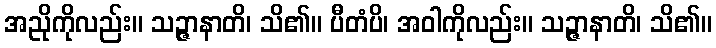
အညိုကိုလည်း။ သဉ္ဇာနာတိ၊ သိ၏။ ပီတံပိ၊ အဝါကိုလည်း။ သဉ္ဇာနာတိ၊ သိ၏။